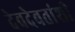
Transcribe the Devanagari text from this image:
देवदेवतांशी